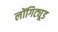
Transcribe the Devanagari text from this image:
लोंगिट्यूड